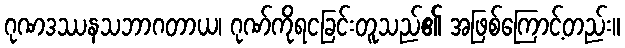
ဂုဏဒဿနသဘာဂတာယ၊ ဂုဏ်ကိုရငခြင်းတူသည်၏ အဖြစ်ကြောင့်တည်း။